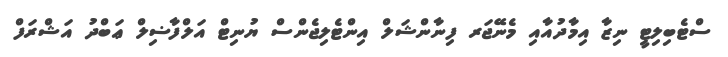
ސްޓެބިލިޓީ ނިޒާ އިމާދުއާއި މެނޭޖަރ ފިނާންޝަލް އިންޓެލިޖެންސް ޔުނިޓް އަލްފާޟިލް ޢަބްދު އަޝްރަފް